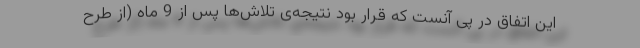
این اتفاق در پی آنست که قرار بود نتیجه‌ی تلاش‌ها پس از 9 ماه (از طرح